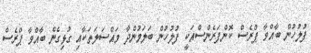
ފުލުހުން ބާއްވާ ޕްރެސް ކޮންފަރެންސްއަކީ ފުލުހުން ބަލަމުންދާ މައްސަލަތަކާއި ގުޅިގެން ބާއްވާ ޕްރެސް